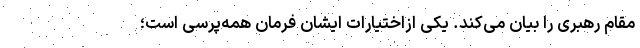
مقام رهبری را بیان می‌کند. یکی ازاختیارات ایشان فرمان همه‌پرسی است؛